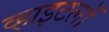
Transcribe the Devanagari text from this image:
व्हाइटलॉ